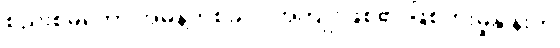
စည်းစိမ်တော် အမိန့်တစ်ခုလို အကျိုးဖြစ်၏ ဖြစ်ပွားမှုနှုန်းက